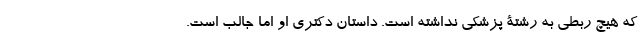
که هیچ ربطی به رشتۀ پزشکی نداشته است. داستان دکتری او اما جالب است.